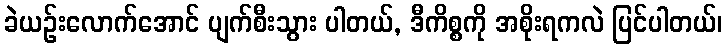
ခဲယဉ်းလောက်အောင် ပျက်စီးသွား ပါတယ်, ဒီကိစ္စကို အစိုးရကလဲ ပြင်ပါတယ်၊